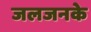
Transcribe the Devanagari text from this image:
जलजनके